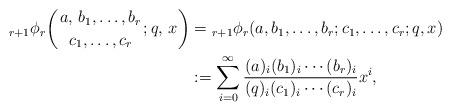
LaTeX: \begin{align*}{}_{r + 1}\phi_{r}\biggl(\genfrac..{0pt}{}{a,\, b_{1}, \dotsc, b_{r}}{c_{1}, \dotsc, c_{r}}; q,\, x\biggr) &= {}_{r + 1}\phi_{r} (a, b_{1}, \dotsc, b_{r}; c_{1}, \dotsc, c_{r}; q, x) \\&:= \sum_{i = 0}^{\infty} \frac{(a)_{i} (b_{1})_{i} \dotsm (b_{r})_{i}}{(q)_{i} (c_{1})_{i} \dotsm (c_{r})_{i}} x^{i}, \end{align*}